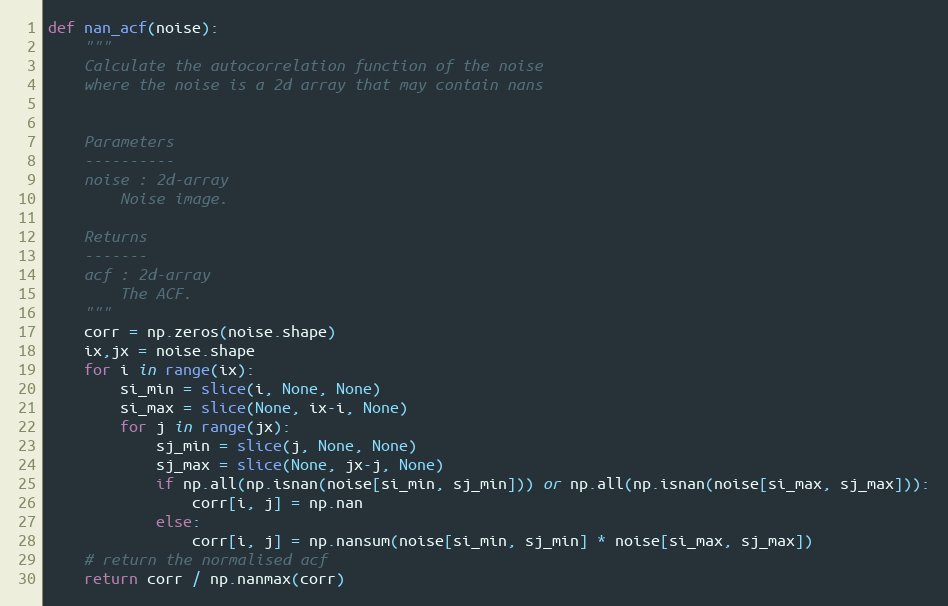
Language: Python
def nan_acf(noise):
    """
    Calculate the autocorrelation function of the noise
    where the noise is a 2d array that may contain nans

    Parameters
    ----------
    noise : 2d-array
        Noise image.

    Returns
    -------
    acf : 2d-array
        The ACF.
    """
    corr = np.zeros(noise.shape)
    ix,jx = noise.shape
    for i in range(ix):
        si_min = slice(i, None, None)
        si_max = slice(None, ix-i, None)
        for j in range(jx):
            sj_min = slice(j, None, None)
            sj_max = slice(None, jx-j, None)
            if np.all(np.isnan(noise[si_min, sj_min])) or np.all(np.isnan(noise[si_max, sj_max])):
                corr[i, j] = np.nan
            else:
                corr[i, j] = np.nansum(noise[si_min, sj_min] * noise[si_max, sj_max])
    # return the normalised acf
    return corr / np.nanmax(corr)